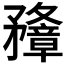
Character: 𥎟